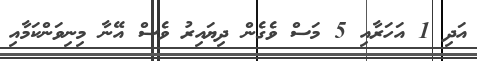
އަދި 1 އަހަރާއި 5 މަސް ވެގެން ދިޔައިރު ވެސް އޭނާ މިނިވަންކަމާއި